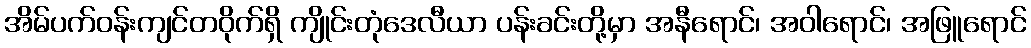
အိမ်ပက်ဝန်းကျင်တဝိုက်ရှိ ကျိုင်းတုံဒေလီယာ ပန်းခင်းတို့မှာ အနီရောင်၊ အဝါရောင်၊ အဖြူရောင်